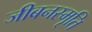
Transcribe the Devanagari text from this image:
जीबनस्मृति